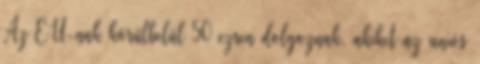
Az EU-nak körülbelül 50 ezren dolgoznak, akiket az uniós